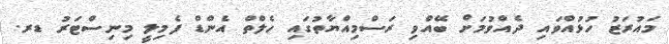
މައުރަޒު ހުޅުއްވައި ދެއްވުމަށް ބޭއްވި ރަސްމިއްޔާތުގައި ހެލްތް އެންޑް ފެމިލީ މިނިސްޓަރު ޑރ.